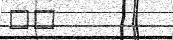
٦٥